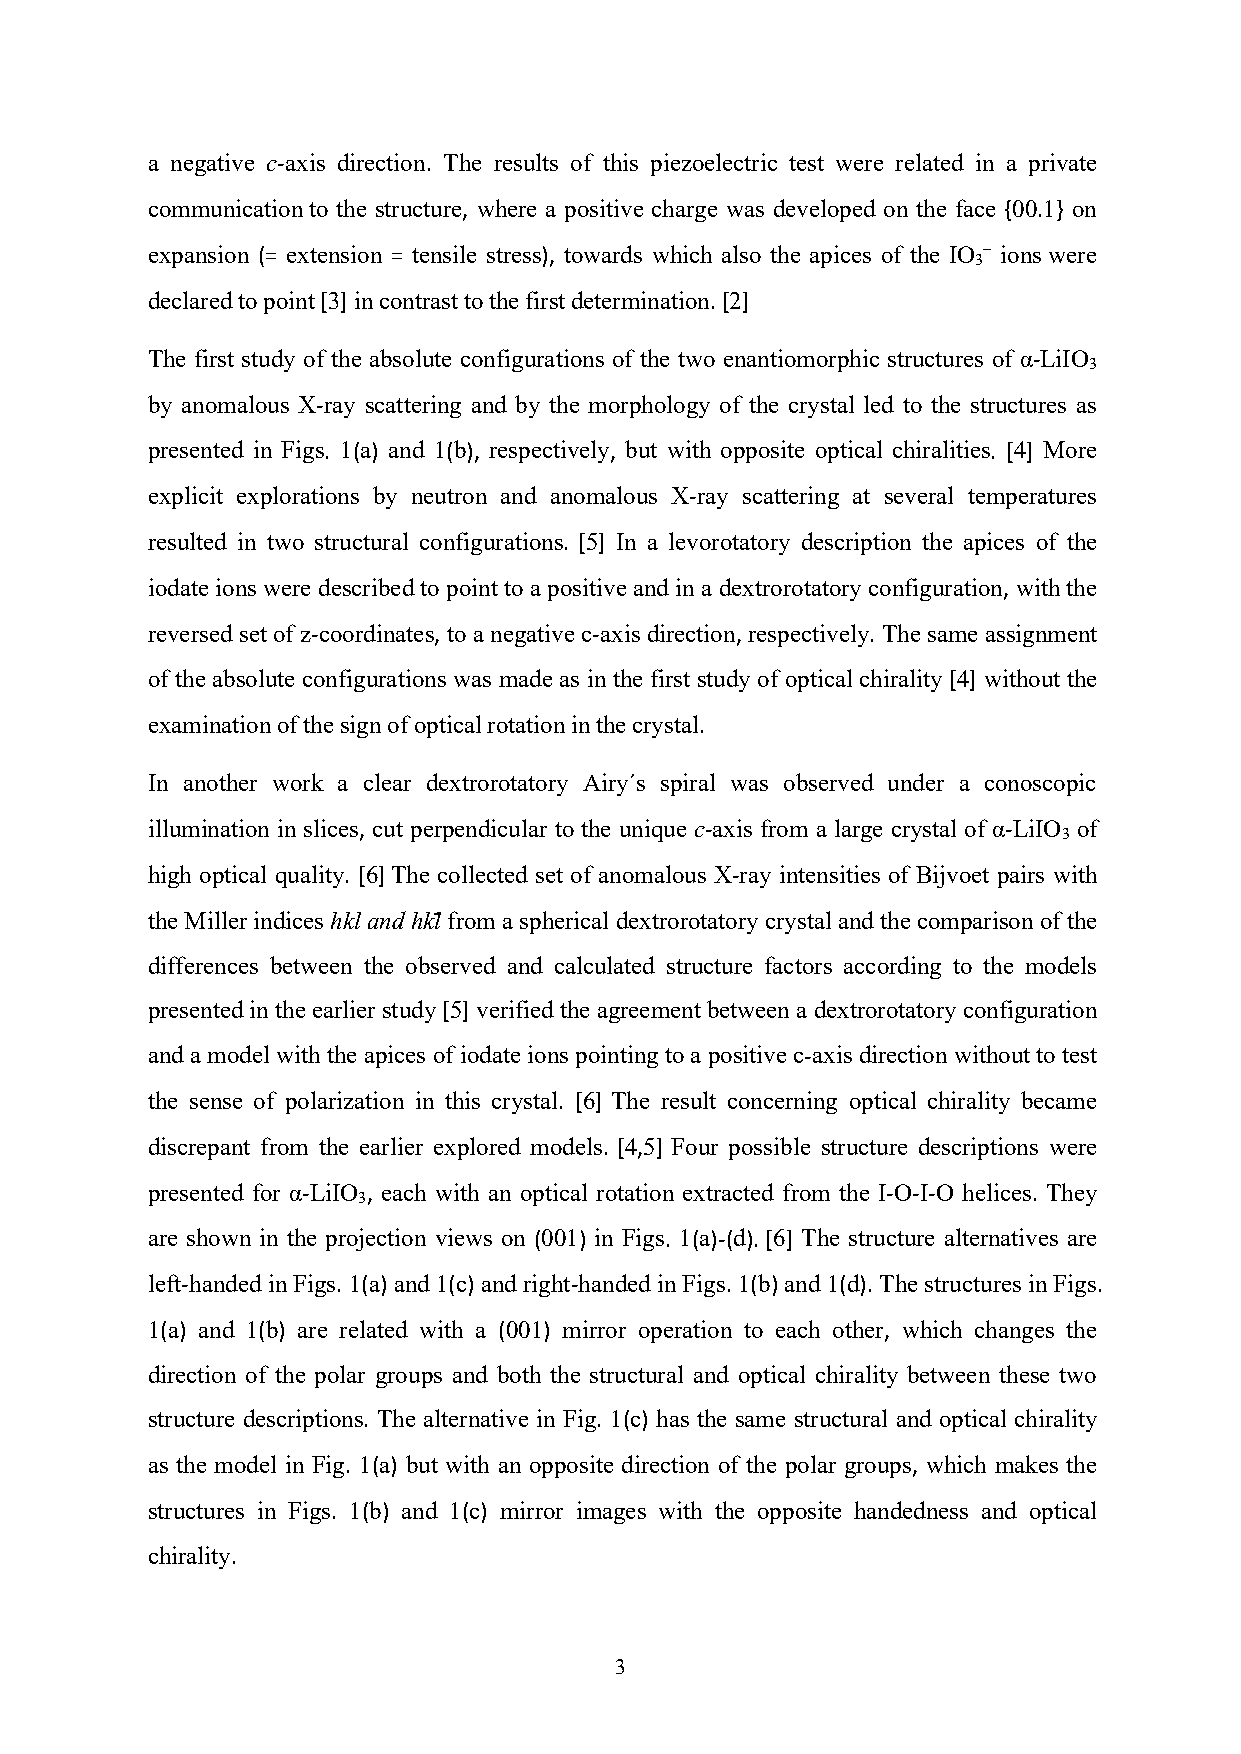
a negative c-axis direction. The results of this piezoelectric test were related in a private
 communicationto the structure, where a positive charge was developed on the face {00.1} on
 expansion (= extension = tensile stress), towards which also the apices of the IO – ions were
 3
 declaredtopoint[3]incontrasttothefirstdetermination.[2]
 The first study of the absolute configurations of the two enantiomorphic structures of α-LiIO
 3
 by anomalous X-ray scattering and by the morphology of the crystal led to the structures as
 presented in Figs. 1(a) and 1(b), respectively, but with opposite optical chiralities. [4] More
 explicit explorations by neutron and anomalous X-ray scattering at several temperatures
 resulted in two structural configurations. [5] In a levorotatory description the apices of the
 iodate ions were described to point toa positiveand ina dextrorotatory configuration, with the
 reversed set of z-coordinates, to a negative c-axis direction, respectively. The same assignment
 of the absolute configurations was made as in the first study of optical chirality [4] without the
 examinationofthesignofopticalrotationinthecrystal.
 In another work a clear dextrorotatory Airy´s spiral was observed under a conoscopic
 illumination in slices, cut perpendicular to the unique c-axis from a large crystal of α-LiIO of
 3
 high optical quality. [6]The collected set of anomalous X-ray intensities of Bijvoet pairs with
 theMillerindices hklandhklfrom aspherical dextrorotatory crystal andthecomparison ofthe
 differences between the observed and calculated structure factors according to the models
 presentedin theearlierstudy[5]verified theagreementbetween adextrorotatory configuration
 and amodel with theapices ofiodate ions pointingto apositivec-axisdirection without to test
 the sense of polarization in this crystal. [6] The result concerning optical chirality became
 discrepant from the earlier explored models. [4,5] Four possible structure descriptions were
 presented for α-LiIO , each with an optical rotation extracted from the I-O-I-O helices. They
 3
 are shown in the projection views on (001) in Figs. 1(a)-(d).[6] The structure alternatives are
 left-handedinFigs.1(a)and1(c)andright-handedinFigs.1(b)and1(d).ThestructuresinFigs.
 1(a) and 1(b) are related with a (001) mirror operation to each other, which changes the
 direction of the polar groups and both the structural and optical chirality between these two
 structure descriptions. The alternative in Fig. 1(c) has the same structural and optical chirality
 as the model in Fig. 1(a) but with an opposite direction of the polar groups, which makes the
 structures in Figs. 1(b) and 1(c) mirror images with the opposite handedness and optical
 chirality.
 3